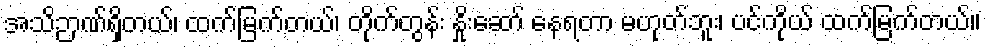
အသိဉာဏ်ရှိတယ်၊ ထက်မြက်တယ်၊ တိုက်တွန်း နှိုးဆော် နေရတာ မဟုတ်ဘူး၊ ပင်ကိုယ် ထက်မြက်တယ်။